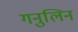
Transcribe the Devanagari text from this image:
गनुलिन